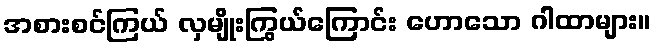
အစားစင်ကြယ် လှမျိုးကြွယ်ကြောင်း ဟောသော ဂါထာများ။